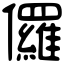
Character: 儸